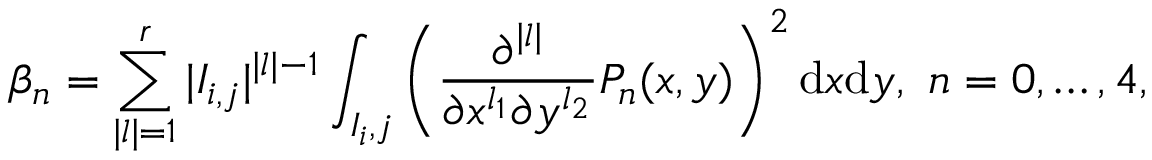
\beta _ { n } = \sum _ { | l | = 1 } ^ { r } | I _ { i , j } | ^ { | l | - 1 } \int _ { I _ { i } , j } \left( \frac { \partial ^ { | l | } } { \partial x ^ { l _ { 1 } } \partial y ^ { l _ { 2 } } } P _ { n } ( x , y ) \right) ^ { 2 } { \mathrm { d } x \mathrm { d } y } , ~ n = 0 , \dots , 4 ,